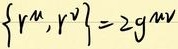
$\left\{r^{\mu},r^{\nu}\right\}=2g^{\mu\nu}$